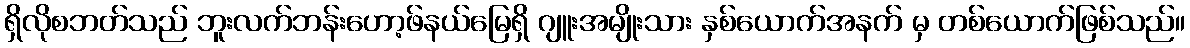
ရှိလိုစဘတ်သည် ဘူးလက်ဘန်းဟော့ဖ်နယ်မြေရှိ ဂျူးအမျိုးသား နှစ်ယောက်အနက် မှ တစ်ယောက်ဖြစ်သည်။